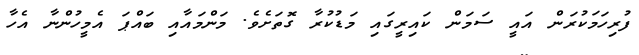
ފުރިހަމަކުރަން އައީ ސަމަން ކައިރީގައި މަޑުކުރާ ގޮތަށެވެ. މަންމައާއި ބައްޕަ އެމީހުންނާ އެހާ